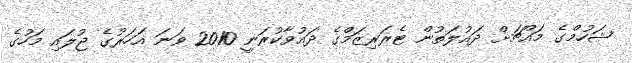
ޝަހުމްގެ މައްޗަށް ދައުލަތުން ޓެރަރިޒަމްގެ ދައުވާކުރަނީ 2010 ވަނަ އަހަރުގެ ޖުލައި މަހުގެ